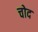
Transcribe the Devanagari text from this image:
चोद